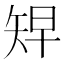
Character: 𥏅